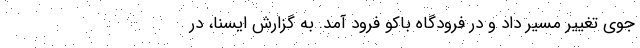
جوی تغییر مسیر داد و در فرودگاه باکو فرود آمد. به گزارش ایسنا، در